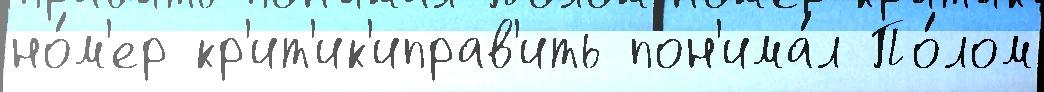
но́м'ер кр'ит'ик'иправ'ить пон'има́л По́лом